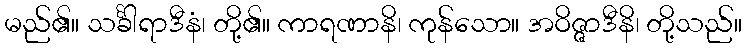
မည်၏။ သင်္ခါရာဒီနံ၊ တို့၏။ ကာရဏာနိ၊ ကုန်သော။ အဝိဇ္ဇာဒီနိ၊ တို့သည်။